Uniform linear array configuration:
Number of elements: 16
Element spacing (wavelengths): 0.5
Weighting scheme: blackman
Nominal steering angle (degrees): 0
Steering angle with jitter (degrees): -0.1217
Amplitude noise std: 0.05
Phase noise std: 0.05

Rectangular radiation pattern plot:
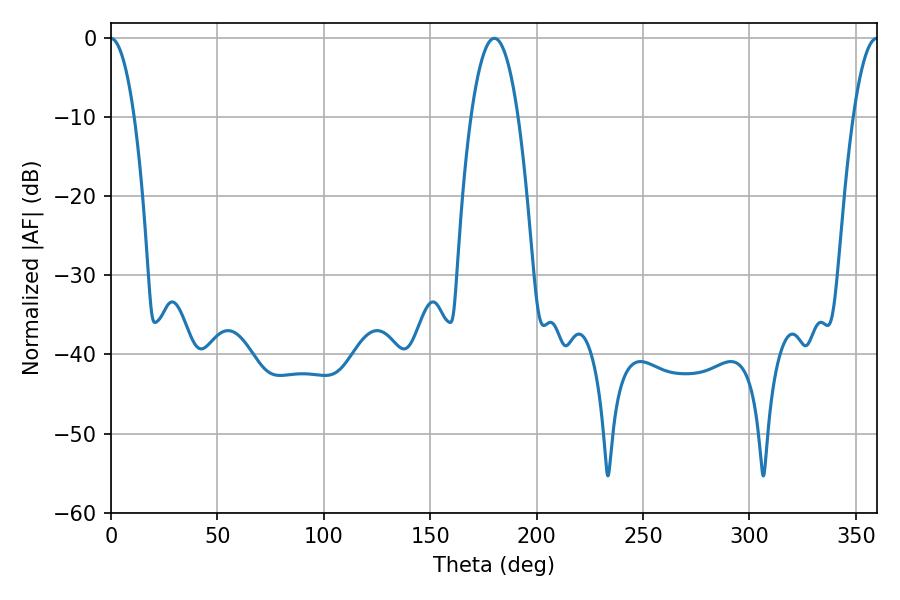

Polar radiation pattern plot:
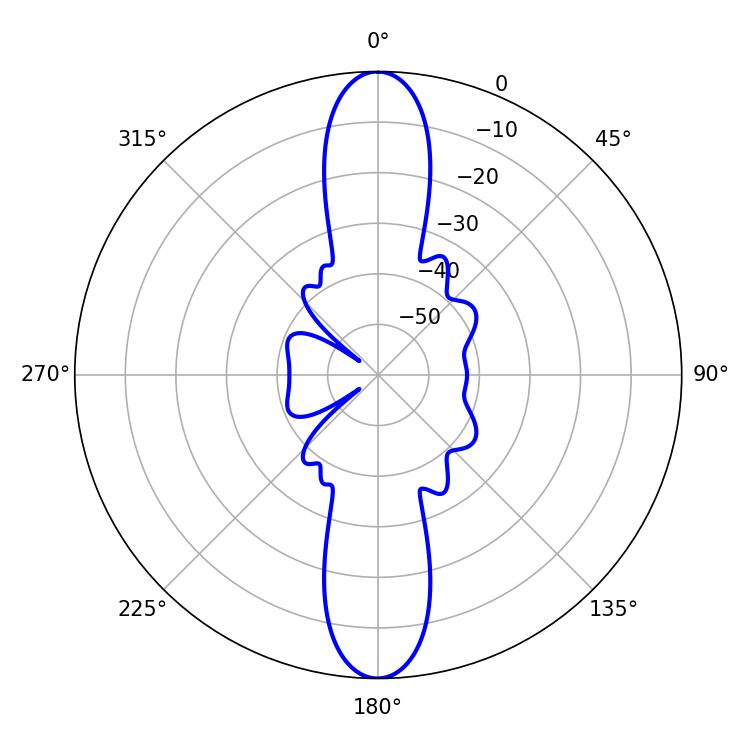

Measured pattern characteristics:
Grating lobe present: FALSE
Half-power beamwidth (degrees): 12.24
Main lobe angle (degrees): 180.18